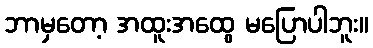
ဘာမှတော့ အထူးအထွေ မပြောပါဘူး။